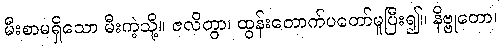
မီးစာမရှိသော မီးကဲ့သို့။ ဇလိတွာ၊ ထွန်းတောက်ပတော်မူပြီး၍။ နိဗ္ဗုတော၊